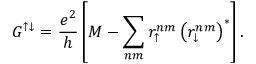
G ^ { \uparrow \downarrow } = \frac { e ^ { 2 } } { h } \left[ M - \sum _ { n m } r _ { \uparrow } ^ { n m } \left( r _ { \downarrow } ^ { n m } \right) ^ { * } \right] .